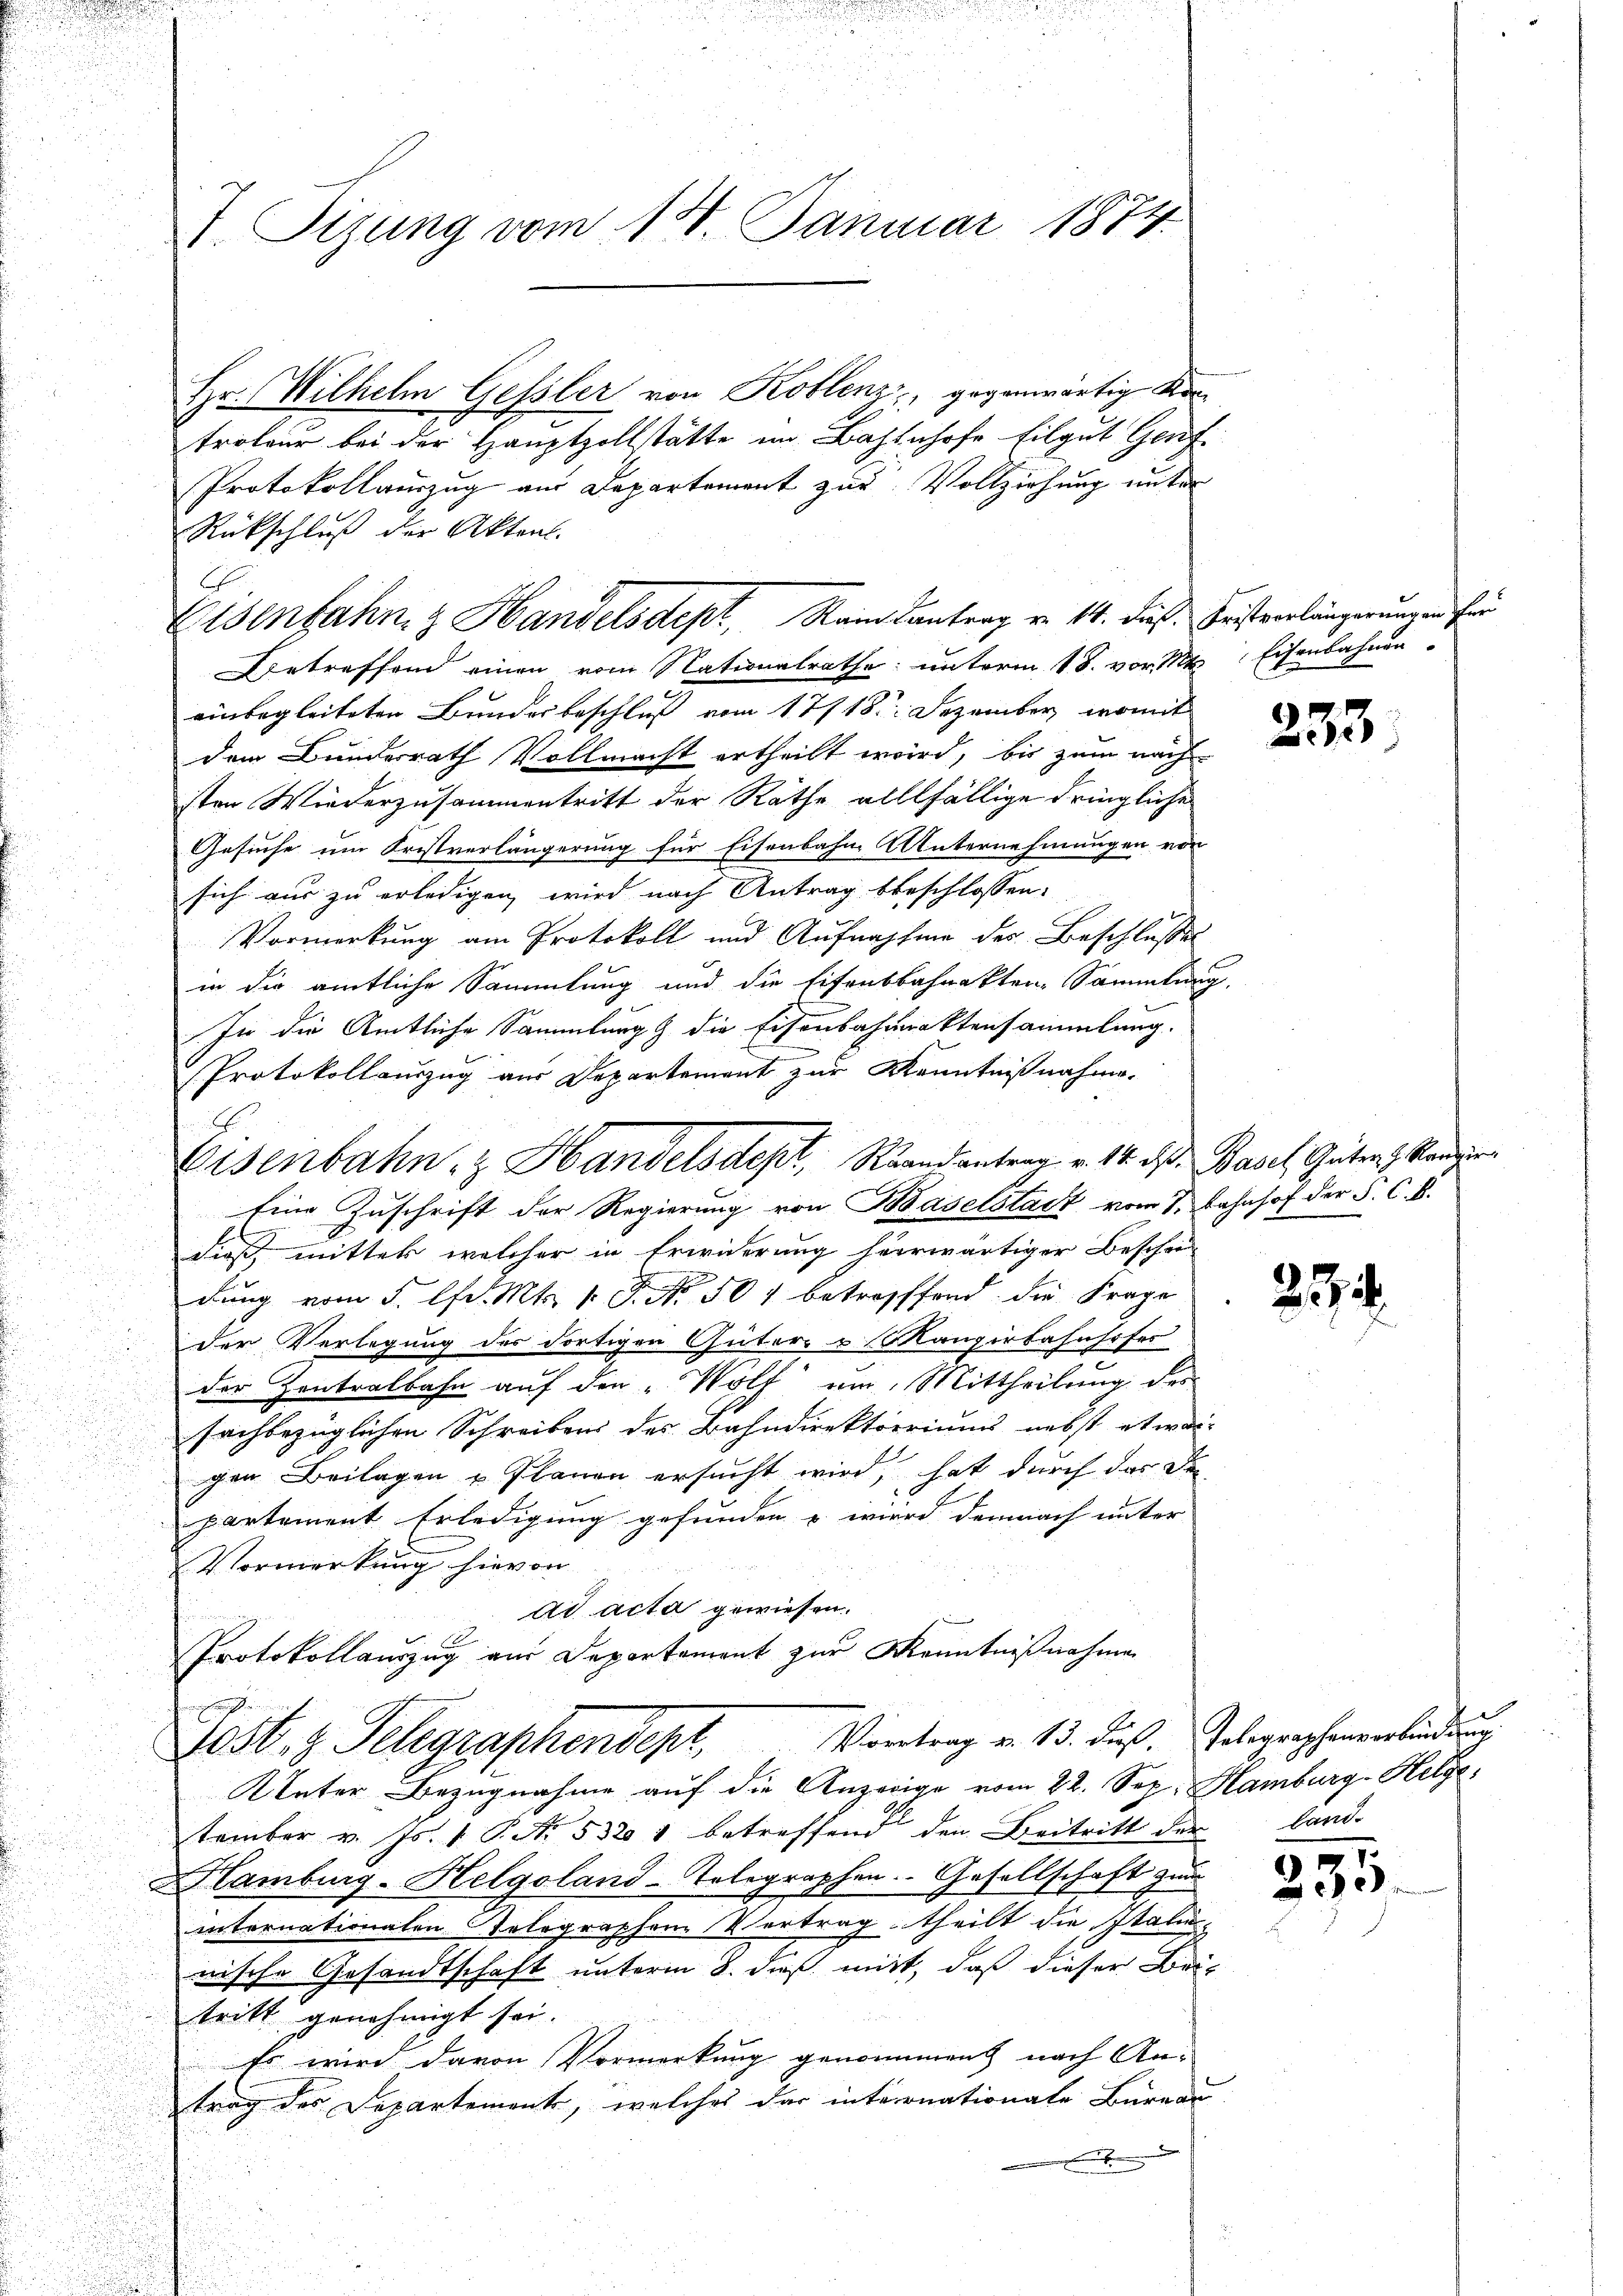
Hr. Wilhelm Gessler von Koblenz, gegenwärtig Kortroleur bei der Hauptzollstätte im Bahnhofe Eilgut Genf
Protokollauszug aus Departement zur Vollziehung unter
Rückschluß der Aktenl
Betreffend einen vom Nationalrathe unterm 18. vor 1 Eisenbahnen
einbegleiteten Bunderbeschluß vom 17/18. Dezember, womit
dem Bundesrath Vollmacht ertheilt wird, bis zum nach
sten Wiederzusammentritt der Räthe allfällige dringliche
Gesuche um Fristverlängerung für Eisenbahne Unternehmungen von
sich aus zu erledigen, wird nach Antrag beschlossen:
Vormerkung am Protokoll und Aufnahme des Beschlusses
in die amtliche Sammlung und die Eisenbahnakten Sammlung
In die Amtliche Sammlung & die Eisenbahnaktensammlung.
Protokollauszug aus Departement zur Kenntnißnahme.
Eine Zuschrift der Regierung von Baselstadt vom 1. Bahnhof der S. C. B.
E
dieß, mitter welcher in Erwiderung heerwärtiger Beschei
dung vom 5. lfd. Mts. 1. P. Nr. 501 betroffend die Frage
der Verlegung des dortigen Güter- u Manzerbahnhofes
c
der Zentralbahn auf den „Wolf um Mittheilung des
sachbezüglichen Schreibens des Bahndirektoriums nebst etwas
gen Beilagen u Planen ersucht wird, hat durch der de
partement Erledigung gefunden u. wird demnach unter
Vormerkung hievon
ad acta gewiesen.
Protokollauszug aus Departement zur Kenntnißnahmen
u
Vivertrag v. 13. dieß, Telegraphenverbindung
10st, z. Telegraphendepr
KUnter Bezugnahme auf die Anzeige vom 22. Sep. Hamburg-Hetze
tember v. Js. 1 P. Nr. 5321 betreffend den Beitritt der land-
Hamburg-Helgoland-Telegraphen. Gesellschaft zum
internationalen Telegraphen Vortrag theilt die Italinnische Gesandtschaft unterm 8. dieß mitt, daß dieser Bei-
tritt genehmigt sei.
Es wird davon Vormerkung genommens nach An-
trag des Departement, welches der interonationale Bureau

V. Tizung vom 18. Januar 1874

Eisenbahn & Handelsdept, Rain Kantrag v. 14. dieß. Geistverlängerungen für

Eisenbahn z Handelsacht, Randantrag v. 14. ds. Basel Guten Kandir

253

25.

255.